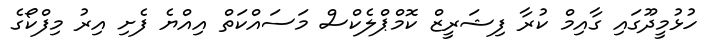
ހުޅުމީދޫގައި ގާއިމް ކުރާ ފިޝަރީޒް ކޮމްޕްލެކްސް މަސައްކަތް އިއްޔެ ފެށި އިރު މިފްކޯގެ